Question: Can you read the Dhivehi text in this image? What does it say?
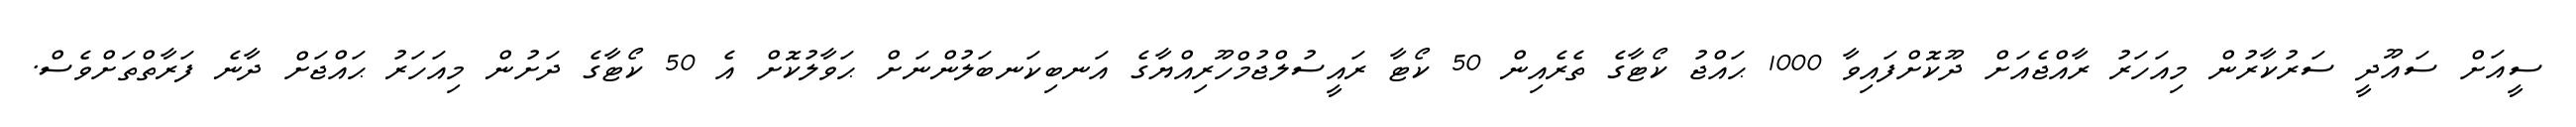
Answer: ސީއަށް ސައޫދީ ސަރުކާރުން މިއަހަރު ރާއްޖެއަށް ދޫކޮށްފައިވާ 1000 ޙައްޖު ކޯޓާގެ ތެރެއިން 50 ކޯޓާ ރައީސުލްޖުމްހޫރިއްޔާގެ އަނބިކަނބަލުންނަށް ޙަވާލުކޮށް އެ 50 ކޯޓާގެ ދަށުން މިއަހަރު ޙައްޖަށް ދާނެ ފަރާތްތަށްވެސް.